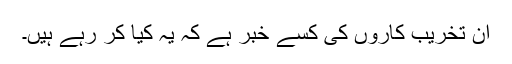
ان تخریب کاروں کی کسے خبر ہے کہ یہ کیا کر رہے ہیں۔